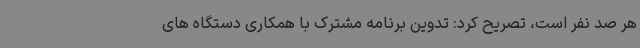
هر صد نفر است، تصریح کرد: تدوین برنامه مشترک با همکاری دستگاه های